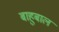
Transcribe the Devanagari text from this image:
बाहुबाल